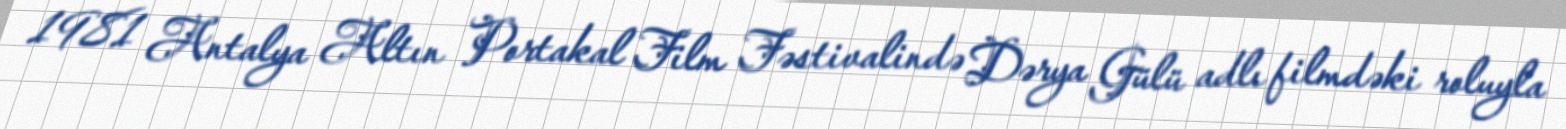
1981 Antalya Altın Portakal Film Fəstivalində Dərya Gülü adlı filmdəki roluyla